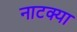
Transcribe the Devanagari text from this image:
नाटक्या